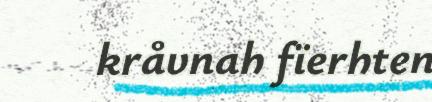
kråvnah fïerhten